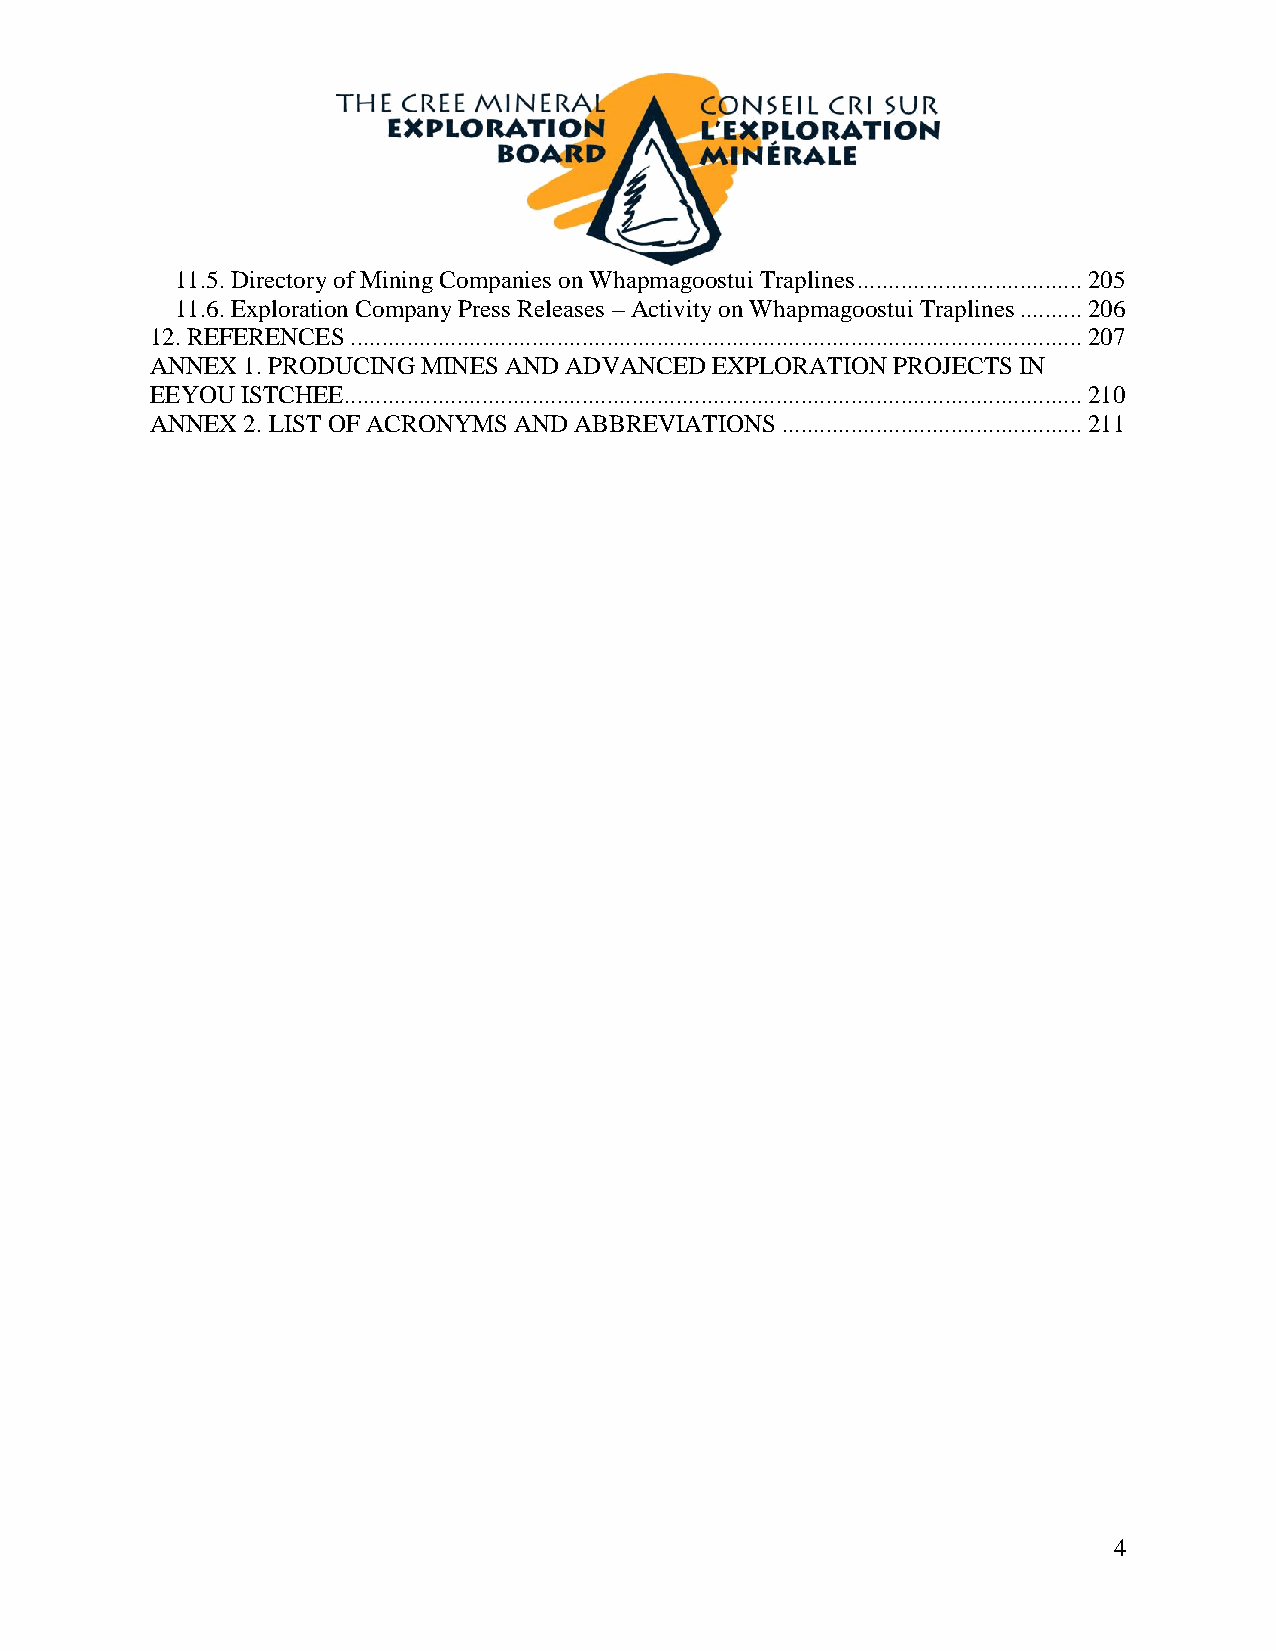
11.5. Directory of Mining Companies on Whapmagoostui Traplines .................................... 205
 11.6. Exploration Company Press Releases – Activity on Whapmagoostui Traplines .......... 206
 12. REFERENCES ..................................................................................................................... 207
 ANNEX 1. PRODUCING MINES AND ADVANCED EXPLORATION PROJECTS IN
 EEYOU ISTCHEE...................................................................................................................... 210
 ANNEX 2. LIST OF ACRONYMS AND ABBREVIATIONS ................................................ 211
 4